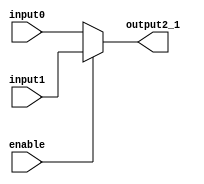
module MUX2_1(
		input enable,
		input [31:0]input0, input1,
		output reg [31:0]output2_1
);
	always @ (*) begin
		if (enable == 1)
			output2_1[31:0] <= input1[31:0];
		else
			output2_1[31:0] <= input0[31:0];
		end
	
endmodule